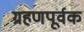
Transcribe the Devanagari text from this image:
ग्रहणपूर्वक